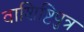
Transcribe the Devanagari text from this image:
वाशिष्टिपुत्र